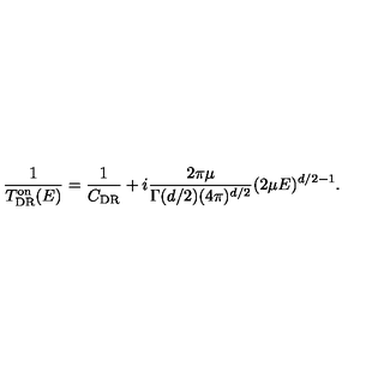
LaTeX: \frac { 1 } { T _ { \mathrm { D R } } ^ { \mathrm { o n } } ( E ) } = { \frac { 1 } { C _ { \mathrm { D R } } } + i \frac { 2 \pi \mu } { \Gamma ( d / 2 ) ( 4 \pi ) ^ { d / 2 } } ( 2 \mu E ) ^ { d / 2 - 1 } } .